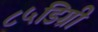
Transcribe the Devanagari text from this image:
८५डिग्री